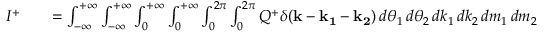
\begin{array} { r l r } { I ^ { + } } & { { } } & { = \int \displaylimits _ { - \infty } ^ { + \infty } \int \displaylimits _ { - \infty } ^ { + \infty } \int \displaylimits _ { 0 } ^ { + \infty } \int \displaylimits _ { 0 } ^ { + \infty } \int \displaylimits _ { 0 } ^ { 2 \pi } \int \displaylimits _ { 0 } ^ { 2 \pi } Q ^ { + } \delta ( \mathbf { k } - \mathbf { k _ { 1 } } - \mathbf { k _ { 2 } } ) \, d \theta _ { 1 } \, d \theta _ { 2 } \, d k _ { 1 } \, d k _ { 2 } \, d m _ { 1 } \, d m _ { 2 } } \end{array}